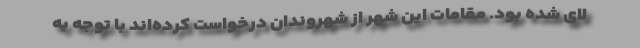
لای شده بود. مقامات این شهر از شهروندان درخواست کرده‌اند با توجه به